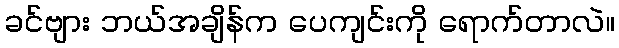
ခင်ဗျား ဘယ်အချိန်က ပေကျင်းကို ရောက်တာလဲ။